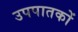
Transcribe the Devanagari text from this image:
उपपातकों